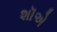
શૉએ